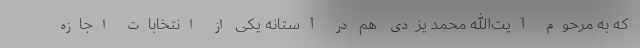
که به مرحوم آیت‌الله محمد یزدی هم در آستانه یکی از انتخابات اجازه